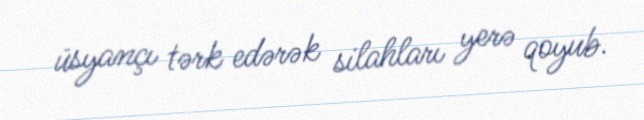
üsyançı tərk edərək silahları yerə qoyub.